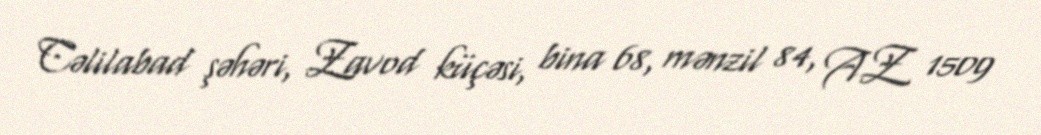
Cəlilabad şəhəri, Zavod küçəsi, bina 68, mənzil 84, AZ 1509